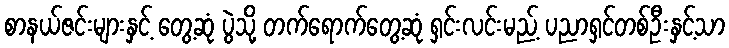
စာနယ်ဇင်းများနှင့် တွေ့ဆုံ ပွဲသို့ တက်ရောက်တွေ့ဆုံ ရှင်းလင်းမည့် ပညာရှင်တစ်ဦးနှင့်သာ